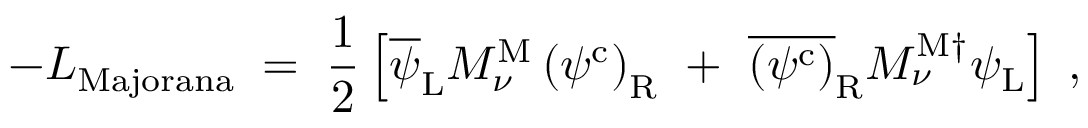
- { \cal L } _ { \mathrm { M a j o r a n a } } \; = \; \frac { 1 } { 2 } \left[ \overline { { { \psi } } } _ { \mathrm { L } } M _ { \nu } ^ { \mathrm { M } } \left( \psi ^ { \mathrm { c } } \right) _ { \mathrm { R } } ~ + ~ \overline { { { \left( \psi ^ { \mathrm { c } } \right) } } } _ { \mathrm { R } } M _ { \nu } ^ { \mathrm { M \dagger } } \psi _ { \mathrm { L } } \right] \; ,